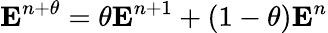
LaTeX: \mathbf{E}^{n+\theta}=\theta\mathbf{E}^{n+1}+(1-\theta)\mathbf{E}^{n}